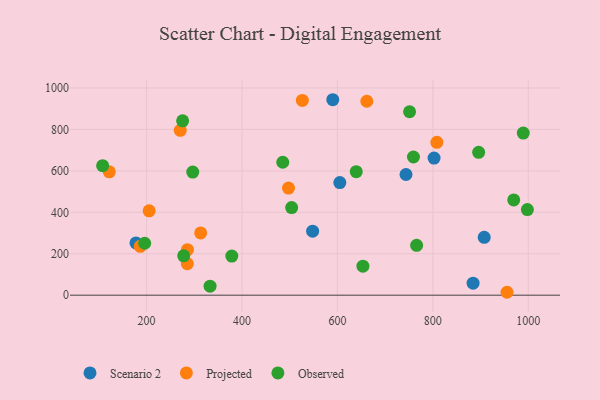
{"axis": {"x": "Distance", "y": "Rating"}, "legend": ["Observed", "Projected", "Scenario 2"], "data": [{"x": "743.7", "y": 582.3, "type": "Scenario 2"}, {"x": "177.7", "y": 252.1, "type": "Scenario 2"}, {"x": "590.2", "y": 943.3, "type": "Scenario 2"}, {"x": "884.3", "y": 57.8, "type": "Scenario 2"}, {"x": "802.5", "y": 661.5, "type": "Scenario 2"}, {"x": "605.0", "y": 543.6, "type": "Scenario 2"}, {"x": "548.0", "y": 309.0, "type": "Scenario 2"}, {"x": "907.6", "y": 279.3, "type": "Scenario 2"}, {"x": "121.7", "y": 595.3, "type": "Projected"}, {"x": "313.3", "y": 300.6, "type": "Projected"}, {"x": "955.4", "y": 14.0, "type": "Projected"}, {"x": "186.6", "y": 235.6, "type": "Projected"}, {"x": "270.5", "y": 795.4, "type": "Projected"}, {"x": "497.4", "y": 517.1, "type": "Projected"}, {"x": "808.4", "y": 737.6, "type": "Projected"}, {"x": "526.4", "y": 940.0, "type": "Projected"}, {"x": "205.3", "y": 407.3, "type": "Projected"}, {"x": "285.3", "y": 152.0, "type": "Projected"}, {"x": "285.6", "y": 219.5, "type": "Projected"}, {"x": "661.6", "y": 935.9, "type": "Projected"}, {"x": "296.7", "y": 594.2, "type": "Observed"}, {"x": "277.7", "y": 189.7, "type": "Observed"}, {"x": "275.5", "y": 841.3, "type": "Observed"}, {"x": "751.2", "y": 885.2, "type": "Observed"}, {"x": "896.0", "y": 689.6, "type": "Observed"}, {"x": "195.9", "y": 250.6, "type": "Observed"}, {"x": "639.4", "y": 596.2, "type": "Observed"}, {"x": "766.0", "y": 240.6, "type": "Observed"}, {"x": "107.8", "y": 625.0, "type": "Observed"}, {"x": "504.0", "y": 422.8, "type": "Observed"}, {"x": "378.6", "y": 188.8, "type": "Observed"}, {"x": "485.4", "y": 641.5, "type": "Observed"}, {"x": "759.3", "y": 666.9, "type": "Observed"}, {"x": "998.1", "y": 413.1, "type": "Observed"}, {"x": "989.5", "y": 782.2, "type": "Observed"}, {"x": "653.4", "y": 139.8, "type": "Observed"}, {"x": "969.5", "y": 459.6, "type": "Observed"}, {"x": "333.0", "y": 43.2, "type": "Observed"}]}